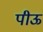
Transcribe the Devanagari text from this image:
पीऊ